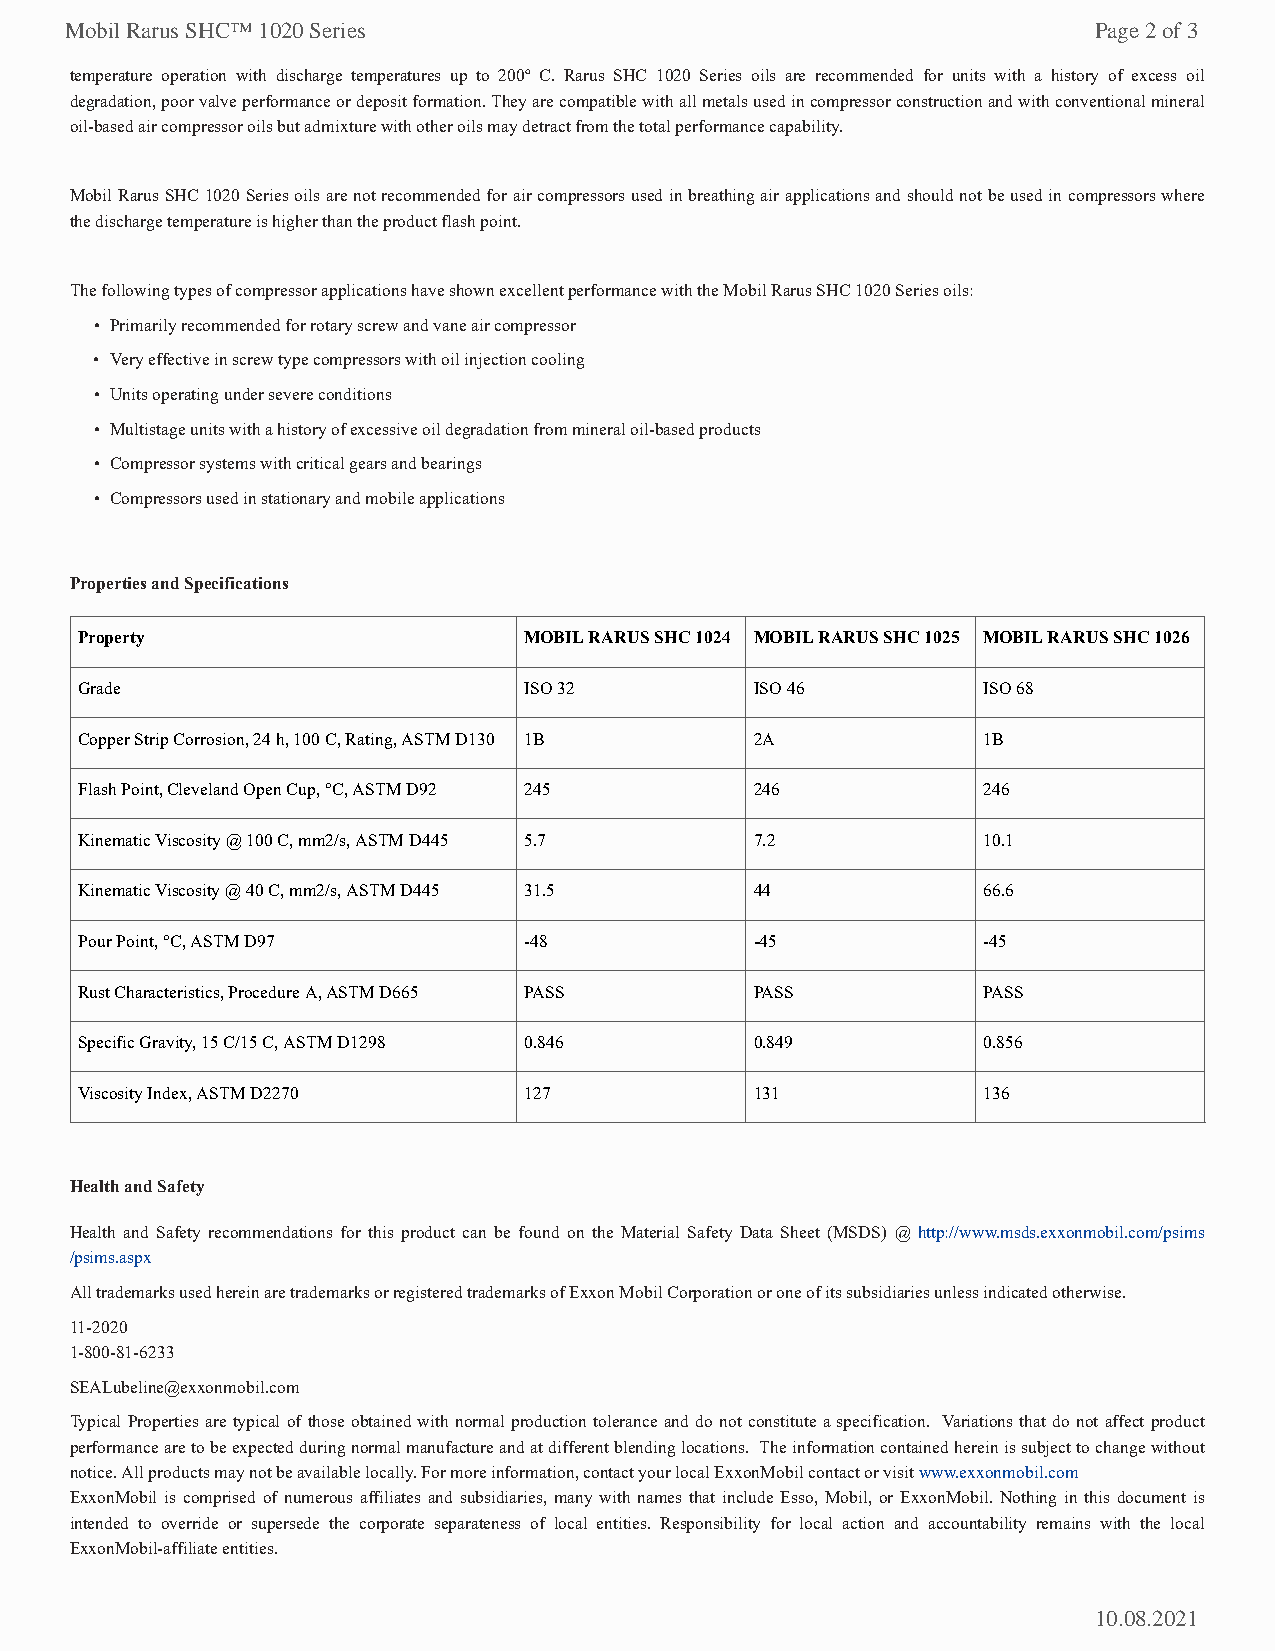
Mobil Rarus SHC™ 1020 Series                                        Page 2 of 3
 temperature operation with discharge temperatures up to 200º C. Rarus SHC 1020 Series oils are recommended for units with a history of excess oil
 degradation, poor valve performance or deposit formation. They are compatible with all metals used in compressor construction and with conventional mineral
 oil-based air compressor oils but admixture with other oils may detract from the total performance capability.
 Mobil Rarus SHC 1020 Series oils are not recommended for air compressors used in breathing air applications and should not be used in compressors where
 the discharge temperature is higher than the product flash point.
 The following types of compressor applications have shown excellent performance with the Mobil Rarus SHC 1020 Series oils:
 • Primarily recommended for rotary screw and vane air compressor
 • Very effective in screw type compressors with oil injection cooling
 • Units operating under severe conditions
 • Multistage units with a history of excessive oil degradation from mineral oil-based products
 • Compressor systems with critical gears and bearings
 • Compressors used in stationary and mobile applications
 Properties and Specifications
 Property                      MOBIL RARUS SHC 1024 MOBIL RARUS SHC 1025 MOBIL RARUS SHC 1026
 Grade                         ISO 32         ISO 46         ISO 68
 Copper Strip Corrosion, 24 h, 100 C, Rating, ASTM D130 1B 2A 1B
 Flash Point, Cleveland Open Cup, °C, ASTM D92 245 246       246
 Kinematic Viscosity @ 100 C, mm2/s, ASTM D445 5.7 7.2       10.1
 Kinematic Viscosity @ 40 C, mm2/s, ASTM D445 31.5 44        66.6
 Pour Point, °C, ASTM D97      -48            -45            -45
 Rust Characteristics, Procedure A, ASTM D665 PASS PASS      PASS
 Specific Gravity, 15 C/15 C, ASTM D1298 0.846 0.849         0.856
 Viscosity Index, ASTM D2270   127            131            136
 Health and Safety
 Health and Safety recommendations for this product can be found on the Material Safety Data Sheet (MSDS) @ http://www.msds.exxonmobil.com/psims
 /psims.aspx
 All trademarks used herein are trademarks or registered trademarks of Exxon Mobil Corporation or one of its subsidiaries unless indicated otherwise.
 11-2020
 1-800-81-6233
 SEALubeline@exxonmobil.com
 Typical Properties are typical of those obtained with normal production tolerance and do not constitute a specification. Variations that do not affect product
 performance are to be expected during normal manufacture and at different blending locations. The information contained herein is subject to change without
 notice. All products may not be available locally. For more information, contact your local ExxonMobil contact or visit www.exxonmobil.com
 ExxonMobil is comprised of numerous affiliates and subsidiaries, many with names that include Esso, Mobil, or ExxonMobil. Nothing in this document is
 intended to override or supersede the corporate separateness of local entities. Responsibility for local action and accountability remains with the local
 ExxonMobil-affiliate entities.
 10.08.2021